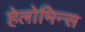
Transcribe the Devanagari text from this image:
हेलोमिन्स